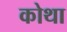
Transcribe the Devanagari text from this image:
कोथा